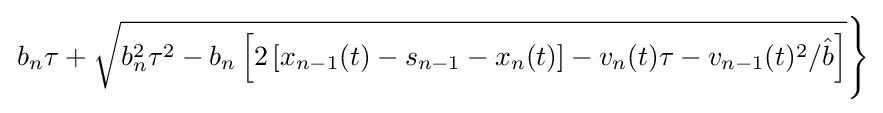
\left.b_{n}\tau +{\sqrt {b_{n}^{2}\tau ^{2}-b_{n}\left[2\left[x_{n-1}(t)-s_{n-1}-x_{n}(t)\right]-v_{n}(t)\tau -v_{n-1}(t)^{2}/{\hat {b}}\right]}}\right\}